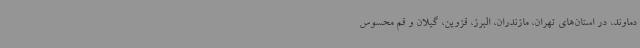
دماوند، در استان‌های تهران، مازندران، البرز، قزوین، گیلان و قم محسوس